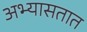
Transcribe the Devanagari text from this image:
अभ्यासतात